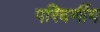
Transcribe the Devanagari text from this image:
परिवर्णीय